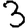
Digit: 3